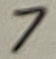
Text: 7